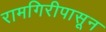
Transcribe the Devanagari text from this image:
रामगिरीपासून